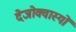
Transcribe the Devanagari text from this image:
देजोक्वास्यों